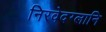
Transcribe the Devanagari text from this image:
निरवेदग्लानि